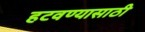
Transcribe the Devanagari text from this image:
हटवण्यासाठी